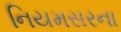
નિયમસરના